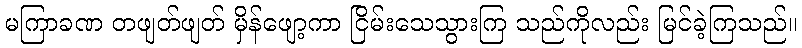
မကြာခဏ တဖျတ်ဖျတ် မှိန်ဖျော့ကာ ငြိမ်းသေသွားကြ သည်ကိုလည်း မြင်ခဲ့ကြသည်။